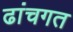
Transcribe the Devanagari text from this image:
ढांचगत